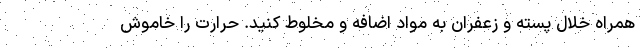
همراه خلال پسته و زعفران به مواد اضافه و مخلوط کنید. حرارت را خاموش